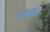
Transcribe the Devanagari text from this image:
पीड़ाहीन